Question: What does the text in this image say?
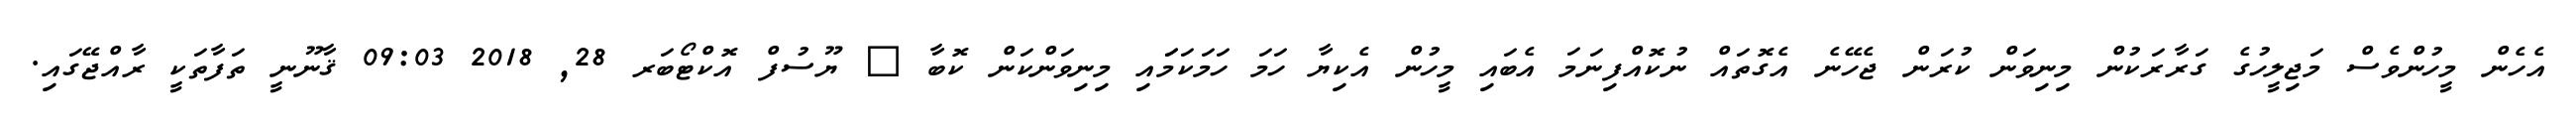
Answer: އެހެން މީހުންވެސް މަޖިލީހުގެ ގަރާރަކުން މިނިވަން ކުރަން ޖެހޭނެ އެގޮތައް ނުކޮއްފިނަމަ އެބައި މީހުން އެކިޔާ ހަމަ ހަމަކަމަައި މިނިވަންކަން ކޮބާ ? ޔޫސުފް އޮކްޓޯބަރ 28, 2018 09:03 ޤާނޫނީ ތަފާތަކީ ރާއްޖޭގައި.